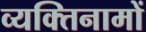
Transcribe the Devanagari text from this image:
व्यक्‍तिनामों